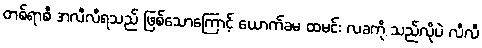
တစ်ရာစီ အလီလီရသည် ဖြစ်သောကြောင့် ယောက်ခမ ထမင်း လခကို သည်လိုပဲ လီလီ